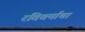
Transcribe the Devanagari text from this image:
रविवर्माचा